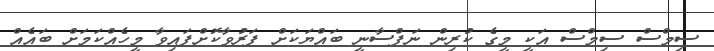
ސިމްސް ސިމްސް އަކީ މީގެ ކުރިން ނަފްސާނީ ބައްޔަކަށް ފަރުވާކޮށްފައިވާ މީހެއްކަމަށް ބައެއް